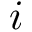
i